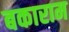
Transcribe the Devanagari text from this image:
बकाराम